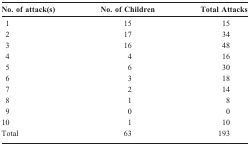
| No. of attack(s) | No. of Children | Total Attacks |
 | --- | --- | --- |
 | 1 | 15 | 15 |
 | 2 | 17 | 34 |
 | 3 | 16 | 48 |
 | 4 | 4 | 16 |
 | 5 | 6 | 30 |
 | 6 | 3 | 18 |
 | 7 | 2 | 14 |
 | 8 | 1 | 8 |
 | 9 | 0 | 0 |
 | 10 | 1 | 10 |
 | Total | 63 | 193 |